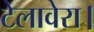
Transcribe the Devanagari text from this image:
टेलावेरा।